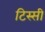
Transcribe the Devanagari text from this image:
टिस्सी